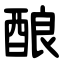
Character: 酿